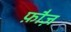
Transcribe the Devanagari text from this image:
फ़ौज़